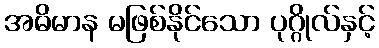
အဓိမာန မဖြစ်နိုင်သော ပုဂ္ဂိုလ်နှင့်